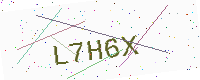
Text: L7H6X